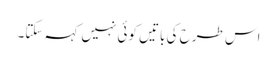
اس طرح کی باتیں کوئی نہیں کہہ سکتا۔